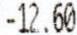
-12.60